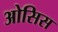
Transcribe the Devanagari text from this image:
ओसिस